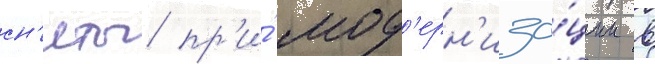
сн'яты пр'и́ мод'ерн'иза́ции в